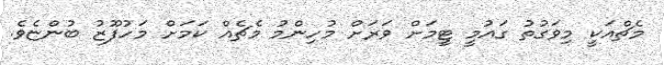
މެޗްއަކީ މިވަގުތު ގައުމީ ޓީމަށް ވަރަށް މުހިންމު މެޗެއް ކަމަށް މަހުފޫޒު ބުންޏެވެ.